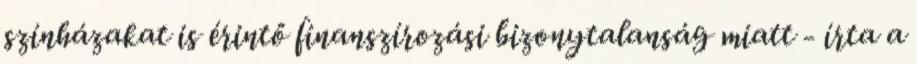
színházakat is érintő finanszírozási bizonytalanság miatt - írta a